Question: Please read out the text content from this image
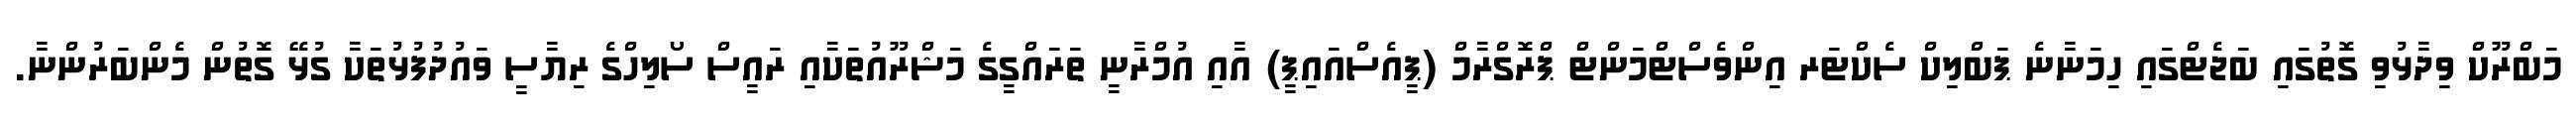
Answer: މަބްރޫކް ވިދާޅުވި ގޮތުގައި ބަޖެޓްގައި ހިމަނާނެ ޕަބްލިކް ސެކްޓަރ އިންވެސްޓްމަންޓް ޕްރޮގްރާމް (ޕީއެސްއައިޕީ) އާއި އުމްރާނީ ތަރައްގީގެ މަޝްރޫއުތަކާއި ރައީސް ސޯލިހްގެ ރިޔާސީ ވައުދުފުޅުތަކާ ގުޅޭ ގޮތުން މެންބަރުންނާ.